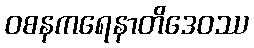
ဝစနကရေနာတိဒေဝဿ